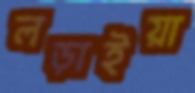
লড়াইয়া